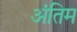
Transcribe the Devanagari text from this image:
अंंतिम